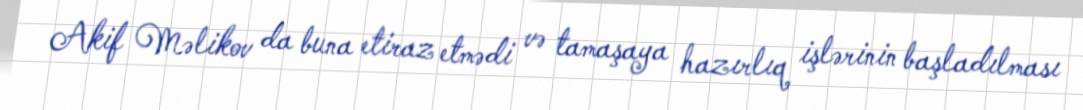
Akif Məlikov da buna etiraz etmədi və tamaşaya hazırlıq işlərinin başladılması